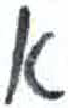
אות: א